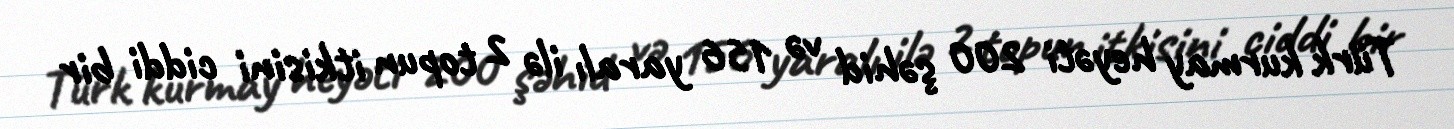
Türk kurmay heyəti 200 şəhid və 156 yaralı ilə 2 topun itkisini ciddi bir